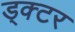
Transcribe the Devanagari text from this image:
ड्क्टर